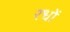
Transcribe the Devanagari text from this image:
रधों